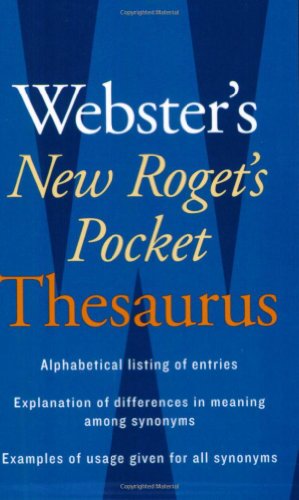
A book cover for Webster's New Roget's Pocket Thesaurus; Reference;